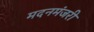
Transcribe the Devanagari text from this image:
मदनमंजरी